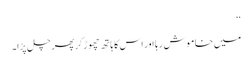
‘‘
میں خاموش رہا اور اس کا ہاتھ چھوڑ کر پھر چل پڑا۔